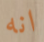
انه